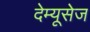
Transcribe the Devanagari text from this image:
देम्यूसेज